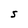
Character: S